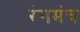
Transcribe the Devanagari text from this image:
रंगमंच